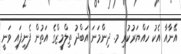
އޭނާއާ އެކު ހައްޔަރުކުރި މ. ދިންމަނަ އަބްދު ތިލްމީޒްގެ އަތުން ފެނިފައި ވަނީ